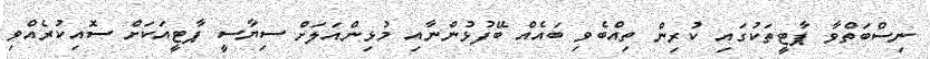
ނިސްބަތްވާ ޕާޓީތަކުގައި ކުރިން ތިއްބެވި ބައެއް ބޭފުޅުންނާއި މުޅިންއަލަށް ސިޔާސީ ޕާޓީއަކަށް ސޮއިކުރެއްވި